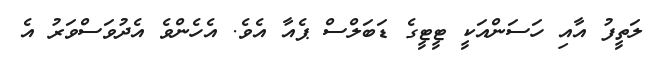
ލަތީފު އާއި ހަސަންއަކީ ޓީޓީގެ ޑަބަލްސް ޕެއާ އެވެ. އެހެންވެ އެދުވަސްވަރު އެ